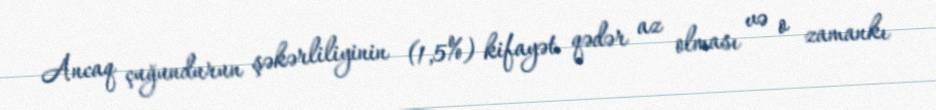
Ancaq çuğundurun şəkərliliyinin (1,5%) kifayət qədər az olması və o zamankı